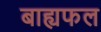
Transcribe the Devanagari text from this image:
बाह्यफल